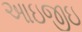
આઇજીઇ